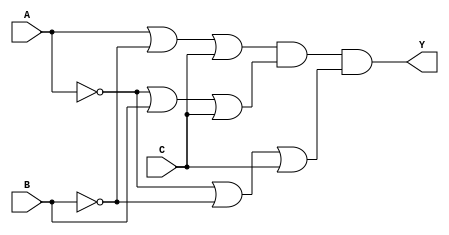
module pos_simplification (
    input wire A,   // Input A
    input wire B,   // Input B
    input wire C,   // Input C
    output wire Y   // Output Y
);

    // Intermediate signals for the sum terms
    wire sum_term1;
    wire sum_term2;
    wire sum_term3;

    // First sum term: (A + B' + C)
    assign sum_term1 = A | (~B) | C;

    // Second sum term: (A' + B + C)
    assign sum_term2 = (~A) | B | C;

    // Third sum term: (A' + B' + C)
    assign sum_term3 = (~A) | (~B) | C;

    // Final output Y: AND of all sum terms
    assign Y = sum_term1 & sum_term2 & sum_term3;

endmodule